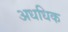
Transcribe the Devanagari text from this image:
अधधिक